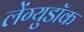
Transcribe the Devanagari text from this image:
लेंग्युडॉक